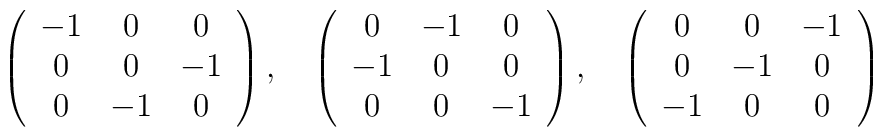
\left(\begin{array}{ccc}-1&0&0 \\0&0&-1 \\0&-1&0\end{array}\right),\quad\left(\begin{array}{ccc}0&-1&0 \\-1&0&0 \\0&0&-1\end{array}\right),\quad\left(\begin{array}{ccc}0&0&-1 \\0&-1&0 \\-1&0&0\end{array}\right)